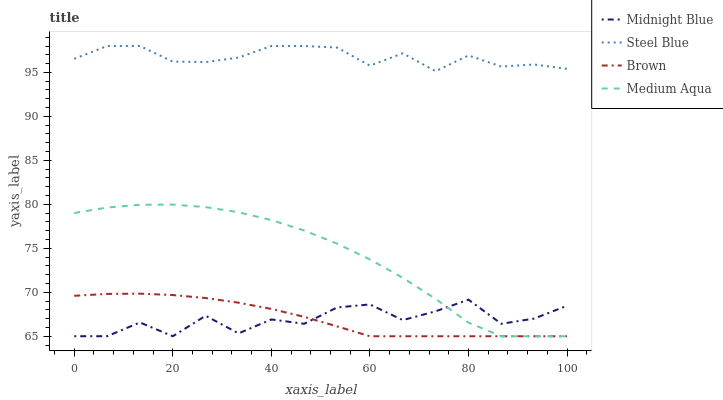
| xaxis_label | Midnight Blue | Steel Blue | Brown | Medium Aqua |
 | --- | --- | --- | --- | --- |
 | 0 | 65 | 96.5 | 69.6 | 79 |
 | 6.67 | 65 | 98 | 69.8 | 79.6 |
 | 13.3 | 66.6 | 98 | 69.8 | 80 |
 | 20 | 65 | 96.2 | 69.7 | 80 |
 | 26.7 | 67.3 | 96.2 | 69.3 | 79.7 |
 | 33.3 | 65.3 | 96.7 | 68.8 | 79.1 |
 | 40 | 66.9 | 98 | 68.1 | 78.2 |
 | 46.7 | 66.4 | 98 | 67.2 | 77 |
 | 53.3 | 68.3 | 97.8 | 66.1 | 75.5 |
 | 60 | 68.6 | 95.8 | 65 | 73.7 |
 | 66.7 | 66.8 | 97.2 | 65 | 71.6 |
 | 73.3 | 67.8 | 95.1 | 65 | 69.2 |
 | 80 | 69.2 | 96.9 | 65 | 66.5 |
 | 86.7 | 66.4 | 95.7 | 65 | 65 |
 | 93.3 | 67 | 95.9 | 65 | 65 |
 | 100 | 68.5 | 95.4 | 65 | 65 |